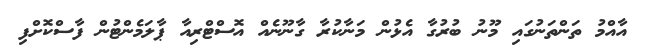
އާއްމު ތަންތަނުގައި މޫނު ބުރުގާ އެޅުން މަނާކުރާ ގާނޫނެއް އޮސްޓްރިއާ ޕާލަމެންޓުން ފާސްކޮށްފި